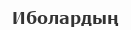
Иболардың